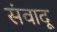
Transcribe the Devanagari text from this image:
संवादू